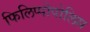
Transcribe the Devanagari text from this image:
फिलिप्पोपोलिस